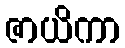
ဇာယိကာ